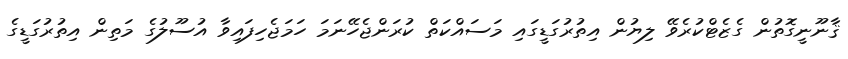
ޤާނޫނީގޮތުން ގެޒެޓްކުރެވޭ ލިޔުން އިތުރުގަޑީގައި މަސައްކަތް ކުރަންޖެހޭނަމަ ހަމަޖެހިފައިވާ އުސޫލުގެ މަތިން އިތުރުގަޑީގެ